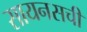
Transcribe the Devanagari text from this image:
सायनसची